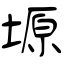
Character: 塬